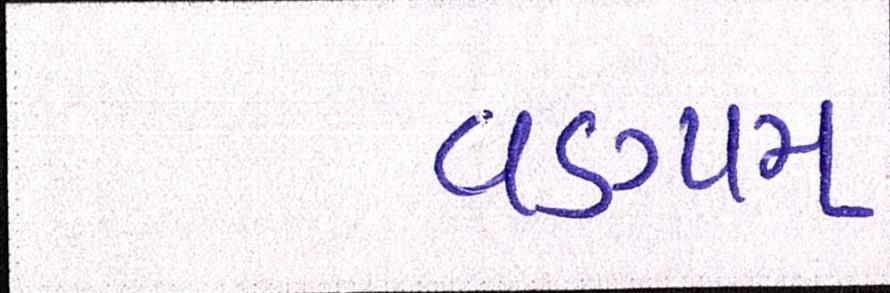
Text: વડગામ